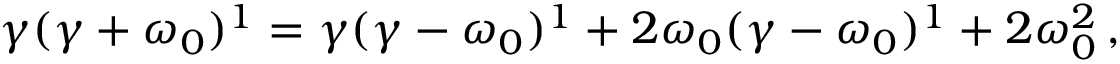
\begin{array} { r } { \gamma ( \gamma + \omega _ { 0 } ) ^ { 1 } = \gamma ( \gamma - \omega _ { 0 } ) ^ { 1 } + 2 \omega _ { 0 } ( \gamma - \omega _ { 0 } ) ^ { 1 } + 2 \omega _ { 0 } ^ { 2 } \, , } \end{array}